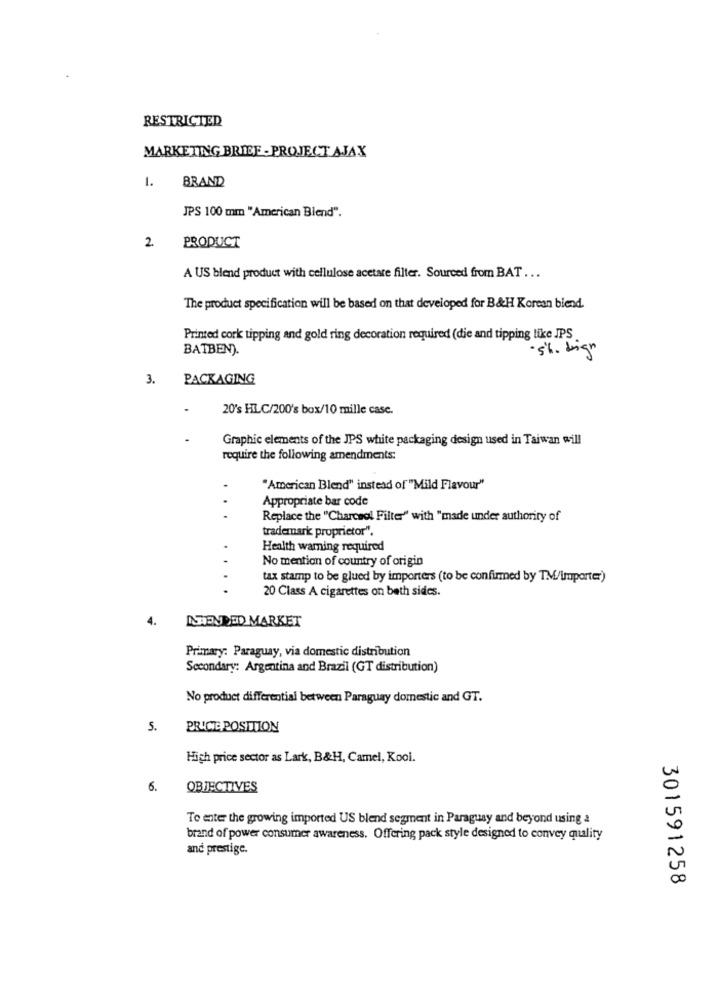
RESTRICTED
MARKETING BRIEF - PROJECT AJAX
1.
BRAND
JPS 100 mm "American Blend".
PRODUCT
2
A US blend product with cellulose acetare filter. Sourced from BAT ...
The product specification will be based on that developed for B&H Korean biend.
Printed cork tipping and gold ring decoration required (die and tipping like JPS
BATBEN).
. 5h. bign
3.
PACKAGING
20's HLC/200's box/10 mille case.
Graphic elements of the JPS white packaging design used in Taiwan will
require the following amendments:
"American Blend" instead of "Mild Flavour"
Appropriate bar code
Replace the "Charcoal Filter" with "made under authority of
trademark proprietor".
Health warning required
No mention of country of origin
tax stamp to be glued by importers (to be confirmed by TM/importer)
20 Class A cigarettes on both sides.
4.
INTENDED MARKET
Primary: Paraguay, via domestic distribution
Secondary: Argentina and Brazil (GT distribution)
No product differential between Paraguay domestic and GT.
5.
PRICE POSITION
High price sector as Lark, B&H, Camel, Kooi.
6.
OBJECTIVES
To enter the growing imported US blend segment in Paraguay and beyond using a
brand of power consumer awareness. Offering pack style designed to convey quality
and prestige.
301591258